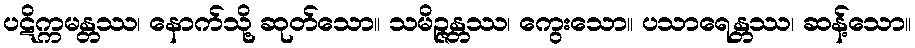
ပဋိက္ကမန္တဿ၊ နောက်သို့ ဆုတ်သော။ သမိဉ္ဇန္တဿ၊ ကွေးသော။ ပသာရေန္တဿ၊ ဆန့်သော။